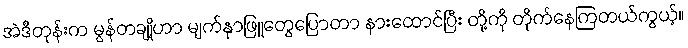
အဲဒီတုန်းက မွန်တချို့ဟာ မျက်နှာဖြူတွေပြောတာ နားထောင်ပြီး တို့ကို တိုက်နေကြတယ်ကွယ့်။